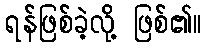
ရန်ဖြစ်ခဲ့လို့ ဖြစ်၏။